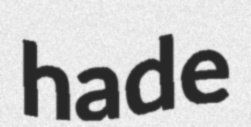
hade